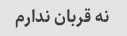
نه قربان ندارم